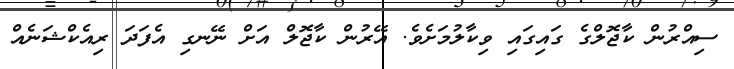
ސިއްރުން ކާޖޮލްގެ ގައިގައި ވިކާލުމަށެވެ. އޭރުން ކާޖޮލް އަށް ނޭނގި އެފަދަ ރިއެކްޝަނެއް